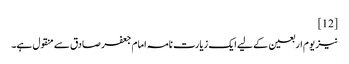
[12]
نیز یوم اربعین کے لیے ایک زیارت نامہ امام جعفر صادق سے منقول ہے۔